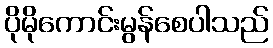
ပိုမိုကောင်းမွန်စေပါသည်